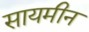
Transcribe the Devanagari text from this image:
सायमीन